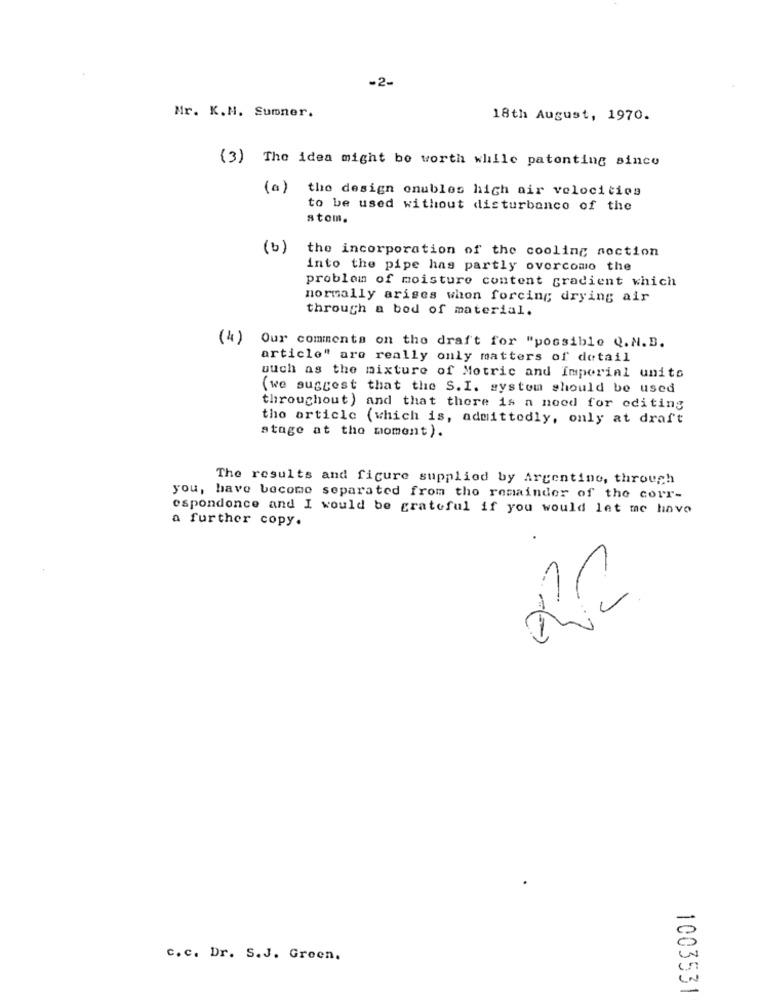
-2-
Mr. K.M. Sumner.
18th August, 1970.
(3) The idea might be worth while patenting since
(a) the design onubles high air velocities
to be used without disturbance of the
atom.
(b)
the incorporation of the cooling noction
into the pipe has partly overcomo the
problem of moisture content gradient which
normally arises whon forcing drying air
through a bod of material.
(4)
Our comments on the draft for "possible Q.N.B.
article" are really only matters of detail
ouch as the mixture of Metric and Imperial units
(we suggest that the S.I. system should be used
throughout) and that there is a need for editing
tho article (which is, admittedly, only at draft
atage at the moment).
The results and figure supplied by Argentine, through
you, have become separated from the remainder of the corr-
espondonce and I would be grateful if you would let me have
a further copy.
c.c. Dr. S.J. Green.
1003531